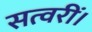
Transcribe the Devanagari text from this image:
सत्वरीं।